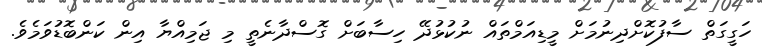
ހަގީގަތް ސާފުކޮށްދިނުމަށް މީޑިއަމްތައް ނުކުޅުދޭ ހިސާބަށް ގޮސްދާނެތީ މި ޖަމިއްޔާ އިން ކަންބޮޑުވަމެވެ.